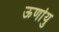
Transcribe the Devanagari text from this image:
ऊर्णायु